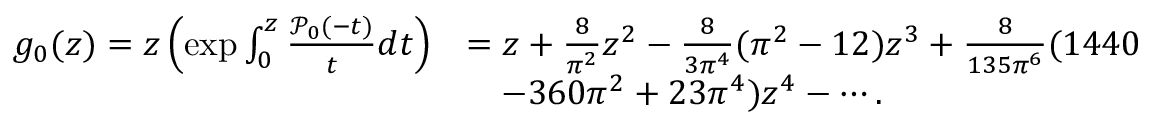
\begin{array} { r l } { g _ { 0 } ( z ) = z \left( \exp \int _ { 0 } ^ { z } \frac { \mathcal { P } _ { 0 } ( - t ) } { t } d t \right) } & { = z + \frac { 8 } { \pi ^ { 2 } } z ^ { 2 } - \frac { 8 } { 3 \pi ^ { 4 } } ( \pi ^ { 2 } - 1 2 ) z ^ { 3 } + \frac { 8 } { 1 3 5 \pi ^ { 6 } } ( 1 4 4 0 } \\ & { \quad - 3 6 0 \pi ^ { 2 } + 2 3 \pi ^ { 4 } ) z ^ { 4 } - \cdots . } \end{array}